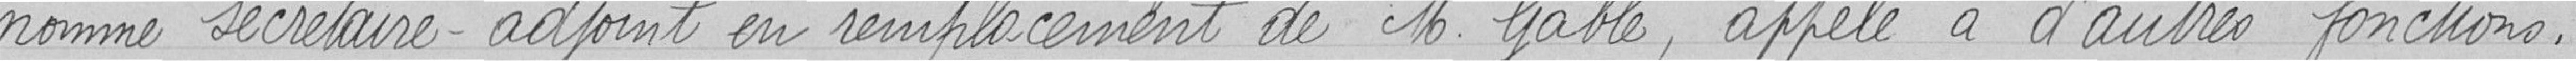
nommé Secrétaire-adjoint en remplacement de Monsieur GABLE, appelé à d'autres fonctions.